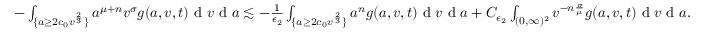
\begin{array} { r } { - \int _ { \{ a \geq 2 c _ { 0 } v ^ { \frac { 2 } { 3 } } \} } a ^ { \mu + n } v ^ { \sigma } g ( a , v , t ) \textup { d } v \textup { d } a \lesssim - \frac { 1 } { \epsilon _ { 2 } } \int _ { \{ a \geq 2 c _ { 0 } v ^ { \frac { 2 } { 3 } } \} } a ^ { n } g ( a , v , t ) \textup { d } v \textup { d } a + C _ { \epsilon _ { 2 } } \int _ { ( 0 , \infty ) ^ { 2 } } v ^ { - n \frac { \sigma } { \mu } } g ( a , v , t ) \textup { d } v \textup { d } a . } \end{array}